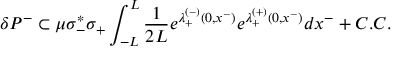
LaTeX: \delta P ^ { - } \subset \mu \sigma _ { - } ^ { * } \sigma _ { + } \int _ { - L } ^ { L } { \frac { 1 } { 2 L } } e ^ { \lambda _ { + } ^ { ( - ) } ( 0 , x ^ { - } ) } e ^ { \lambda _ { + } ^ { ( + ) } ( 0 , x ^ { - } ) } d x ^ { - } + C . C .